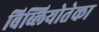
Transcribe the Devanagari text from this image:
बिब्लियोतेका